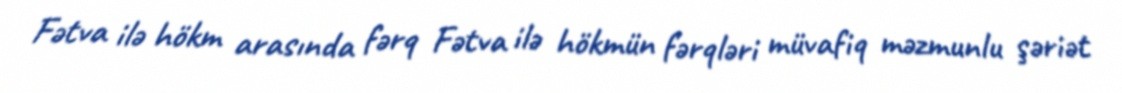
Fətva ilə hökm arasında fərq Fətva ilə hökmün fərqləri müvafiq məzmunlu şəriət